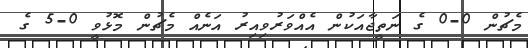
މެޗުން 0-0 ގެ ނަތީޖާއަކުން އެއްވަރުވިއިރު އަނެއް މެޗުން މޮޅުވީ 0-5 ގެ